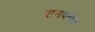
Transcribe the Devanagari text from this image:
रानावनात